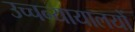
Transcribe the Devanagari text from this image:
उच्चन्यायालयों